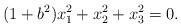
LaTeX: \begin{align*}(1+b^2) x_1^2 + x_2^2 + x_3^2 = 0.\end{align*}